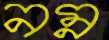
নম্ন